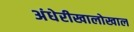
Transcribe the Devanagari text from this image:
अंधेरीखालोखाल